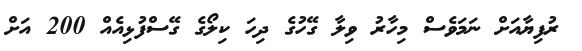
ރުފިޔާއަށް ނަމަވެސް މިހާރު ވިލާ ގޭހުގެ ދިހަ ކިލޯގެ ގޭސްފުޅިއެއް 200 އަށް